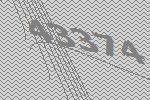
43374